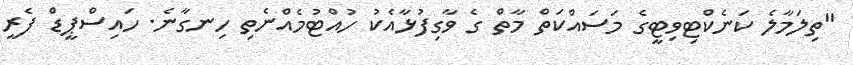
"ތިލަމާލެ ކަނެކްޓިވިޓީގެ މަސައްކަތް މާތް ގެ ވާގިފުޅާއެކު ހުއްޓުމެއްނެތި ހިނގާނެ. ހައިސްޕީޑް ފެރީ